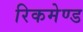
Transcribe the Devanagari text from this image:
रिकमेण्ड